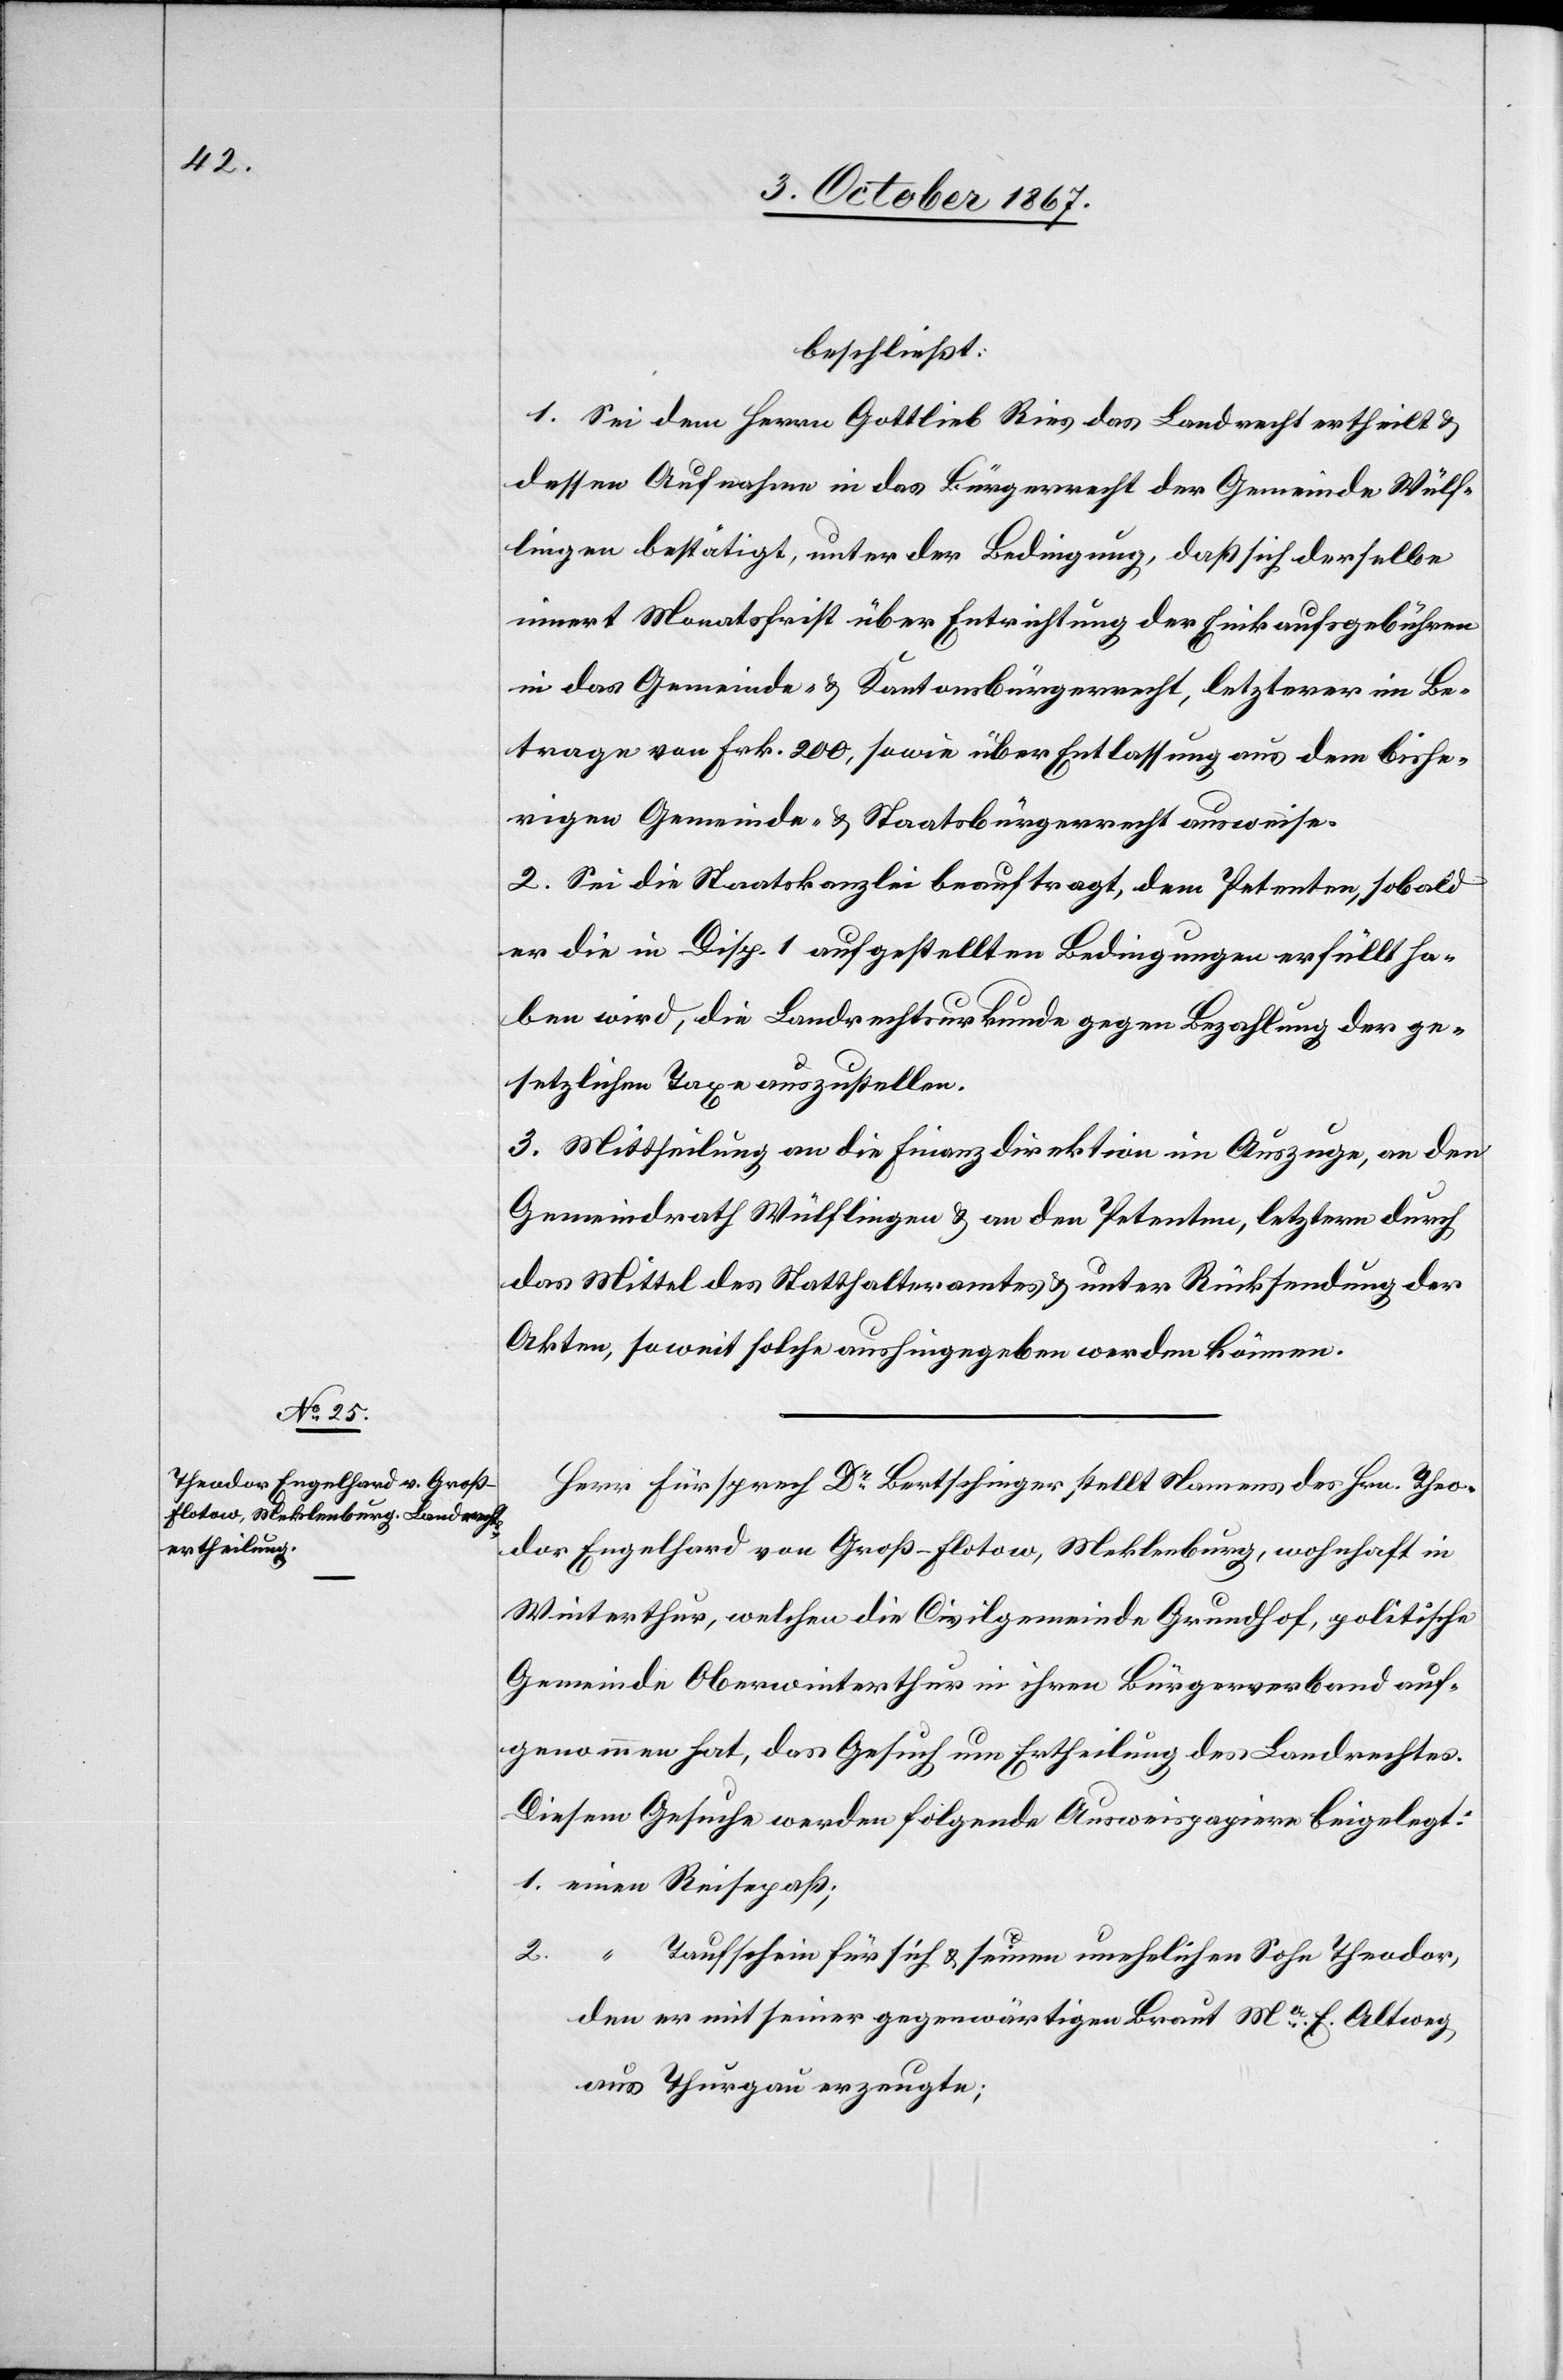
beschließt:
1. Sei dem Herrn Gottlieb Ries das Landrecht ertheilt u.
dessen Aufnahme in das Bürgerrecht der Gemeinde Wülf¬
lingen bestätigt, unter der Bedingung, daß sich derselbe
innert Monatsfrist über Entrichtung der Einkaufsgebühren
in das Gemeinde- u. Kantonsbürgerrecht, letzterer im Be¬
trage von Frk. 200, sowie über Entlassung aus dem bishe¬
rigen Gemeinde- u. Staatsbürgerrecht ausweise.
2. Sei die Staatskanzlei beauftragt, dem Petenten, sobald
er die in Disp. 1 aufgestellten Bedingungen erfüllt ha¬
ben wird, die Landrechtsurkunde gegen Bezahlung der ge¬
setzlichen Taxe auszustellen.
3. Mittheilung an die Finanzdirektion im Auszuge, an den
Gemeindrath Wülflingen u. an den Petenten, letztern durch
das Mittel des Statthalteramtes u. unter Rücksendung der
Akten, soweit solche aushingegeben werden können.
Herr Fürsprech Dr Bertschinger stellt Namens des Hrn. Theo¬
dor Engelhard von Groß-Flotow, Meklenburg, wohnhaft in
Winterthur, welchen die Civilgemeinde Grundhof, politische
Gemeinde Oberwinterthur in ihren Bürgerverband auf¬
genommen hat, das Gesuch um Ertheilung des Landrechtes.
Diesem Gesuche werden folgende Ausweispapiere beigelegt:
1. einen Reisepaß,
“ Taufschein für sich u. seinen unehelichen Sohn Theodor,
2.
den er mit seiner gegenwärtigen Braut Ma. E. Altweg,
aus Thurgau erzeugte,